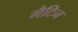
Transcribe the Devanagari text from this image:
मैटिन